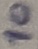
Text: 10